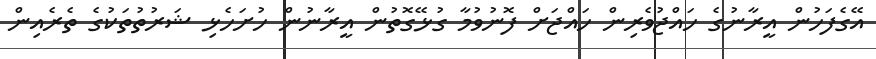
އޭގެފަހުން އީރާނުގެ ހައްޖުވެރިން ހައްޖަށް ފޮނުވުމާ ގުޅޭގޮތުން އީރާނުން ހުށަހެޅި ޝަރުތުތަކުގެ ތެރެއިން